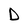
Character: D